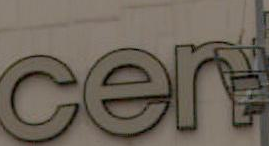
cent